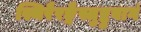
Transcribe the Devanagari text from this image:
स्थिरैरङ्गैस्तुष्टुवागं